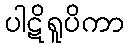
ပါဋိရူပိကာ